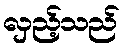
လှည့်သည်